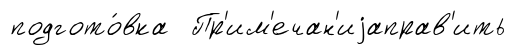
подгото́вка Пр'им'ечан'иjаправ'ить